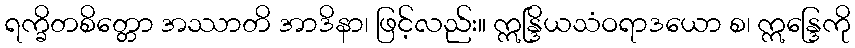
ရက္ခိတစိတ္တော အဿာတိ အာဒိနာ၊ ဖြင့်လည်း။ ဣန္ဒြိယသံဝရာဒယော စ၊ ဣန္ဒြေကို